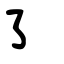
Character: ㇌